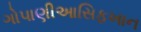
ગોપાણીઆસિફખાન